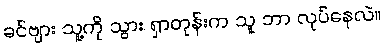
ခင်ဗျား သူ့ကို သွား ရှာတုန်းက သူ ဘာ လုပ်နေလဲ။